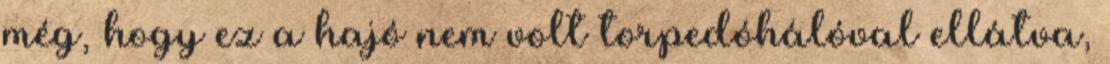
még, hogy ez a hajó nem volt torpedóhálóval ellátva,